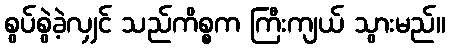
စွပ်စွဲခဲ့လျှင် သည်ကိစ္စက ကြီးကျယ် သွားမည်။